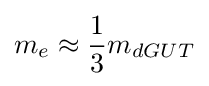
m_{e}\approx {\frac {1}{3}}m_{dGUT}